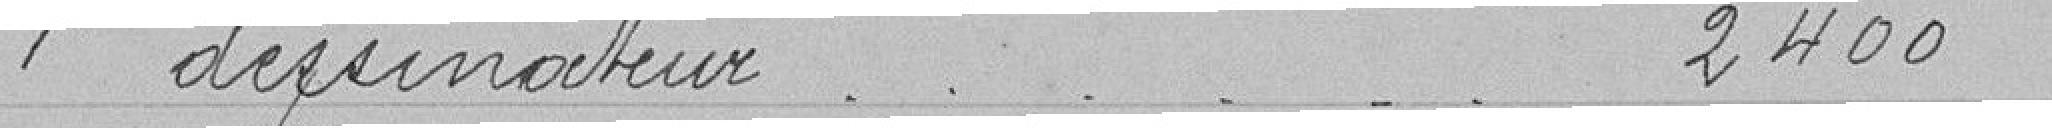
1 dessinateur 2 400